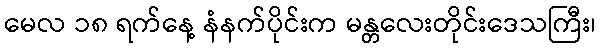
မေလ ၁၈ ရက်နေ့ နံနက်ပိုင်းက မန္တလေးတိုင်းဒေသကြီး၊